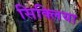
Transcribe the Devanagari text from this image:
सिक्लिया